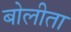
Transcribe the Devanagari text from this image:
बोलीता